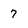
Character: 7